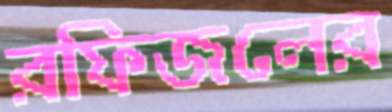
রফিজলের